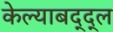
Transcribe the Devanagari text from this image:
केल्याबद्द्ल